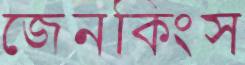
জেনকিংস